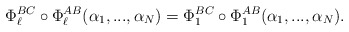
\begin{align*} \Phi_\ell^{BC}\circ \Phi_\ell^{AB}(\alpha_1,...,\alpha_N) = \Phi_1^{BC}\circ \Phi_1^{AB}(\alpha_1,...,\alpha_N). \end{align*}